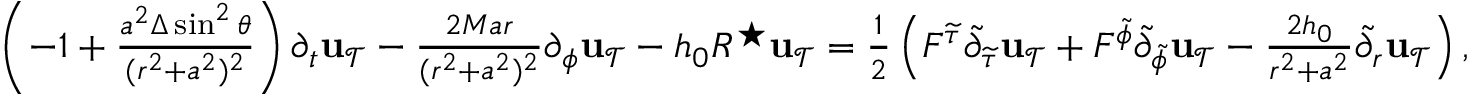
\begin{array} { r } { \left( - 1 + \frac { a ^ { 2 } \Delta \sin ^ { 2 } \theta } { ( r ^ { 2 } + a ^ { 2 } ) ^ { 2 } } \right) \partial _ { t } { \mathbf { u } _ { \mathcal { T } } } - \frac { 2 M a r } { ( r ^ { 2 } + a ^ { 2 } ) ^ { 2 } } \partial _ { \phi } { \mathbf { u } _ { \mathcal { T } } } - h _ { 0 } R ^ { \star } { \mathbf { u } _ { \mathcal { T } } } = \frac 1 2 \left( F ^ { { \widetilde { \tau } } } \widetilde { \partial } _ { { \widetilde { \tau } } } { \mathbf { u } _ { \mathcal { T } } } + F ^ { { \widetilde { \phi } } } \widetilde { \partial } _ { \widetilde { \phi } } { \mathbf { u } _ { \mathcal { T } } } - \frac { 2 h _ { 0 } } { r ^ { 2 } + a ^ { 2 } } \widetilde { \partial } _ { r } { \mathbf { u } _ { \mathcal { T } } } \right) , } \end{array}